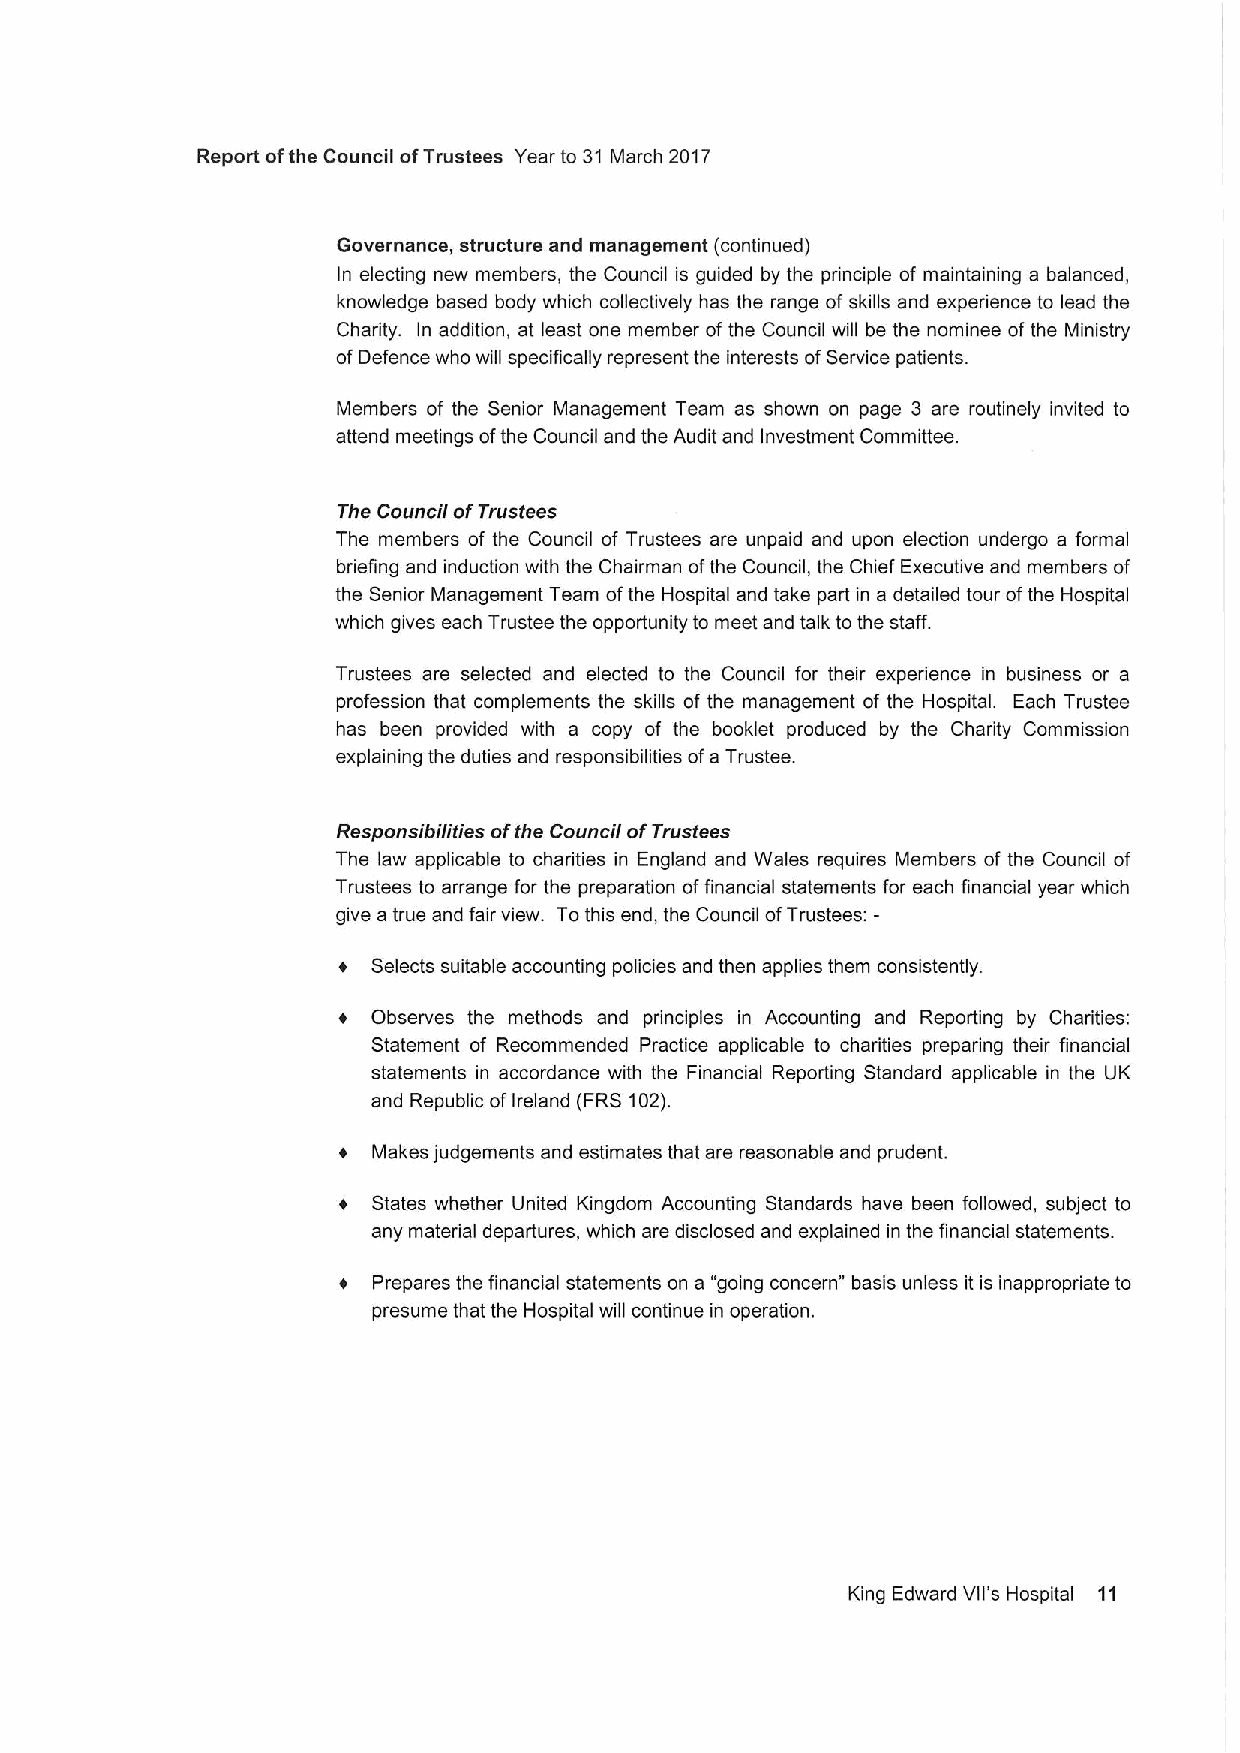
Report ofthe Council ofTrustees Year to 31 March 2017
 Governance, structure and management (continued)
 In electing new members, the Council is guided by the principle of maintaining a balanced,
 knowledge based body which collectively has the range of skills and experience to lead the
 Charity. In addition, at least one member ofthe Council will be the nominee ofthe Ministry
 ofDefence who will specifically represent the interests ofService patients.
 Members of the Senior Management Team as shown on page 3 are routinely invited to
 attend meetings ofthe Council and the Audit and Investment Committee.
 The Council ofTrustees
 The members of the Council of Trustees are unpaid and upon election undergo a formal
 briefing and induction with the Chairman ofthe Council, the Chief Executive and members of
 the Senior Management Team ofthe Hospital and take part in a detailed tour ofthe Hospital
 which gives each Trustee the opportunity to meet and talk to the staff.
 Trustees are selected and elected to the Council for their experience in business or a
 profession that complements the skills of the management of the Hospital. Each Trustee
 has been provided with a copy of the booklet produced by the Charity Commission
 explaining the duties and responsibilities ofa Trustee.
 Responsibilities ofthe Council ofTrustees
 The law applicable to charities in England and Wales requires Members of the Council of
 Trustees to arrange for the preparation offinancial statements for each financial year which
 give atrue and fair view. Tothis end, the Council ofTrustees:-
 +  Selects suitable accounting policies and then applies them consistently.
 +  Observes the methods and principles in Accounting and Reporting by Charities:
 Statement of Recommended Practice applicable to charities preparing their financial
 statements in accordance with the Financial Reporting Standard applicable in the UK
 and Republic ofIreland (FRS102).
 Makes judgements and estimates that are reasonable and prudent.
 States whether United Kingdom Accounting Standards have been followed, subject to
 any material departures, which are disclosed and explained in the financial statements.
 Prepares the financial statements on a "going concern" basis unless it is inappropriate to
 presume that the Hospital will continue in operation.
 King Edward Vll's Hospital 11